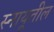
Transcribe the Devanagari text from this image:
स्नायूतील